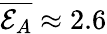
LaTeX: \overline{{\mathcal{E}_{A}}}\approx 2.6